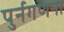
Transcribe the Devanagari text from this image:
पुर्नगणना